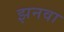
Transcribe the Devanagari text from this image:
झनवा